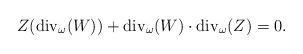
LaTeX: \begin{align*}Z({\rm div}_\omega(W))+{\rm div}_\omega(W)\cdot {\rm div}_\omega(Z)=0.\end{align*}